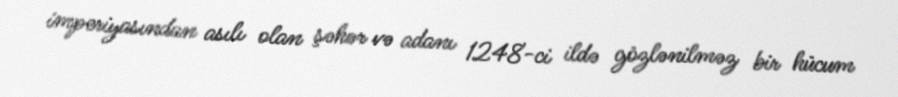
imperiyasından asılı olan şəhər və adanı 1248-ci ildə gözlənilməz bir hücum